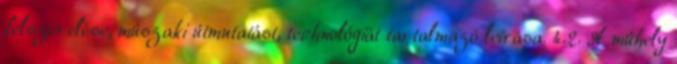
felszerelése, mûszaki útmutatást, technológiát tartalmazó leírása. 4.2. A mûhely